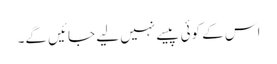
اس کے کوئی پیسے نہیں لیے جائیں گے۔